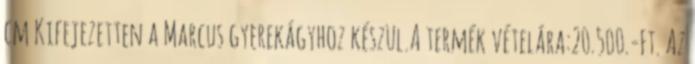
cm Kifejezetten a Marcus gyerekágyhoz készül.A termék vételára:20.500.-Ft. Az